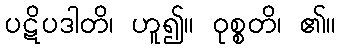
ပဋိပဒါတိ၊ ဟူ၍။ ဝုစ္စတိ၊ ၏။